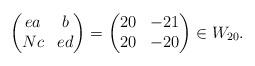
LaTeX: \begin{align*} \begin{pmatrix} ea & b \\ Nc & ed \end{pmatrix}= \begin{pmatrix}20 & -21 \\ 20 & -20 \end{pmatrix} \in W_{20}.\end{align*}